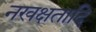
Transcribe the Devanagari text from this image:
नखक्षतादि